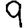
Digit: 9